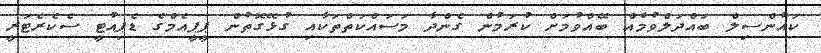
ކައުންސިލް ބައްދަލްވުމެއް ބޭއްވުމަށް ކުރަމުން ގެންދާ މަސައްކަތްތަކާއި ގުޅޭގޮތުން ޕީޕީއެމްގެ ޑެޕިއުޓީ ސެކެރެޓަރީ